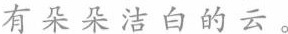
有朵朵洁白的云。